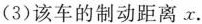
(3)该车的制动距离x。